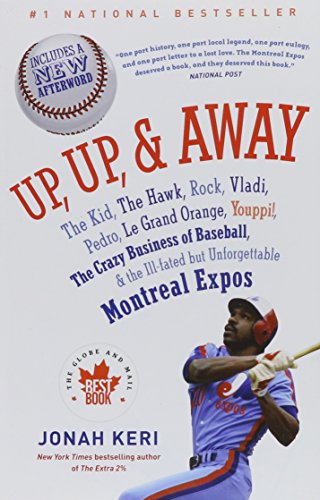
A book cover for Up, Up, and Away: The Kid, the Hawk, Rock, Vladi, Pedro, le Grand Orange, Youppi!, the Crazy Business of Baseball, and the Ill-fated but Unforgettable Montreal Expos; Jonah Keri; History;